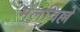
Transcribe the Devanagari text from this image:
मेलविल्ले